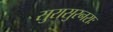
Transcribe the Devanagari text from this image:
सुरासुरनराः